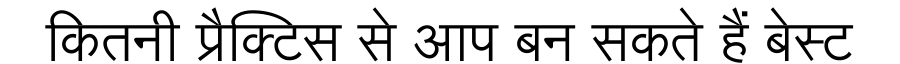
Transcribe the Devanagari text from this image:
कितनी प्रैक्टिस से आप बन सकते हैं बेस्ट